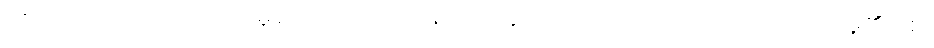
ကိုယ်တော်တိုင်သိတော်မူသော ဘုရားတည်း။” ဣတိ၊ ဤသို့။ (အာဟ၊ ဟောတော်မူ၏။) စ၊